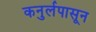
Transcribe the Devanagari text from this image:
कनुर्लपासून